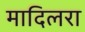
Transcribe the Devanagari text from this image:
मादिलरा